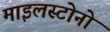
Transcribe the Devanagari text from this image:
माइलस्टोनो